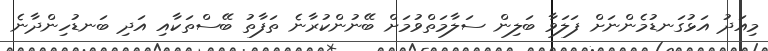
މިއަދު އަޅުގަނޑުމެންނަށް ފަލަވާ ބަލިން ސަލާމަތްވުމަށް ބޭނުންކުރާނެ ތަފާތު ބޭސްތަކާއި އަދި ބަނޑުހިންދާނެ